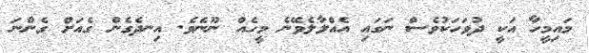
މައިމީހާ އަކީ ދުވަހަކުވެސް ނަގައި އެއްލާލެވޭނެ މީހެއް ނޫނެވެ. އިނދެގެން ގެއަށް ގެންނަ